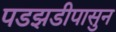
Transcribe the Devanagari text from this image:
पडझडीपासुन